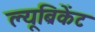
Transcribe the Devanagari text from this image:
ल्यूब्रिकेंट